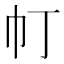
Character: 帄